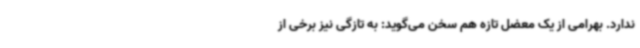
ندارد. بهرامی از یک معضل تازه هم سخن می‌گوید: به تازگی نیز برخی از